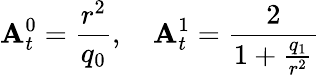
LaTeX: \mathbf{A}_{t}^{0}=\frac{{r^{2}}}{{q_{0}}},\quad\mathbf{A}_{t}^{1}=\frac{{2}}{{1+\frac{{q_{1}}}{{r^{2}}}}}